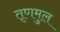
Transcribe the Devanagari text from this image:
तृणमुल